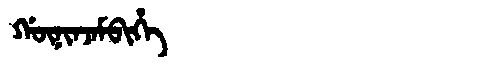
Manchu: ᡤᡡᠨᡳᠨᠵᠠᠮᠪᡳᡥᡝ
Romanization: GŪNINJAMBIHE